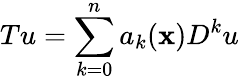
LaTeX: Tu=\sum_{k=0}^{n}a_{k}(\mathbf{x})D^{k}u